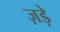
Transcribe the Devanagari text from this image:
ज़ड़े